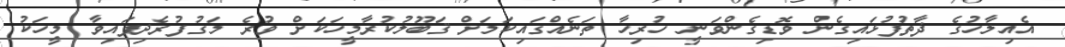
އެއިލާހުގެ ޛާތުފުޅައިގެން ވޮޑިގެންވަނީ ހުރިހާ ތަނެއްގައިކަމަށް ޤަބޫލުކުރާމީހަކަށް ވުރެ މަގުފުރެދިފައިވާ މީހަކު